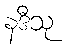
နဒီသု